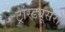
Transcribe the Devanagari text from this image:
ट्रांस्ड्यूसरों